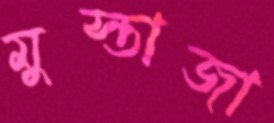
মুস্তাজা